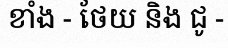
ខាំង - ថែយ និង ជូ -